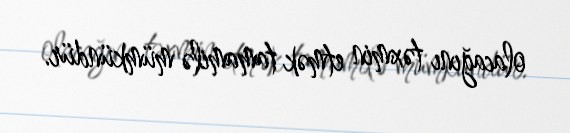
olacağını təxmin etmək tamamilə mümkündür.